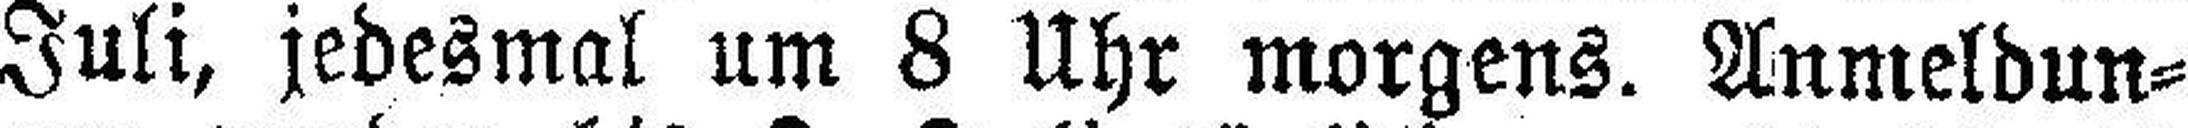
Juli, jedesmal um 8 Uhr morgens. Anmeldun¬